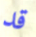
قد